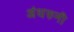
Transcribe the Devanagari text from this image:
अंधरुनी